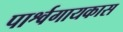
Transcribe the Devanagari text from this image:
पार्श्वगायकास